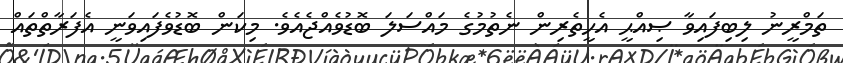
ތަމްރީނު ލިބިފައިވާ ޞިއްޙީ އެހީތެރިން ނެތުމުގެ މައްސަލަ ބޮޑުވެއްޖެއެވެ. މިކަން ބޮޑުވެފައިވަނީ އެފަރާތްތައް